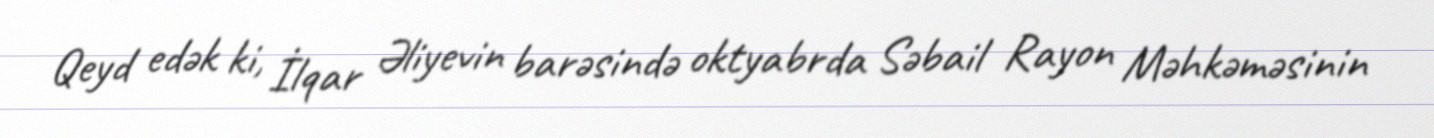
Qeyd edək ki, İlqar Əliyevin barəsində oktyabrda Səbail Rayon Məhkəməsinin